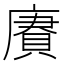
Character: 賡